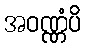
အဝဏ္ဏံပိ